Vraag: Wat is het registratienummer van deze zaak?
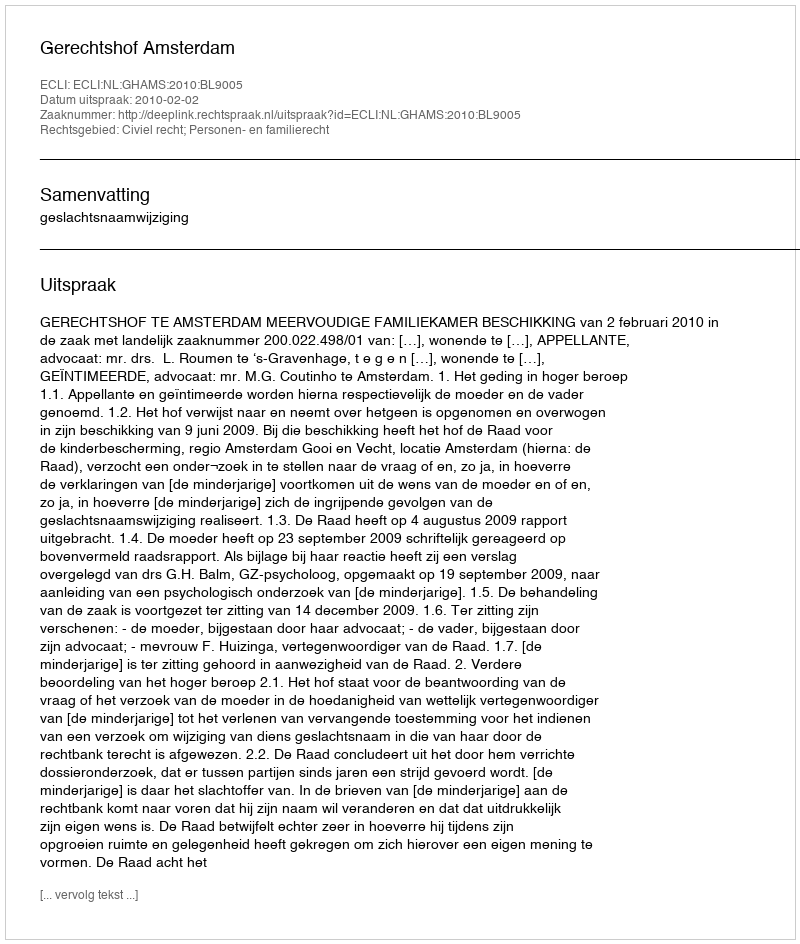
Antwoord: http://deeplink.rechtspraak.nl/uitspraak?id=ECLI:NL:GHAMS:2010:BL9005